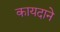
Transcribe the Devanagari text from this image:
कायदाने